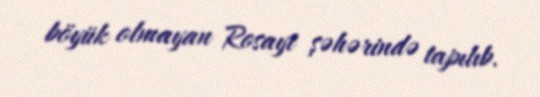
böyük olmayan Rosayt şəhərində tapılıb.